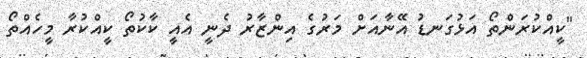
"ކީއްކުރަންތޯ އަޅުގަނޑު އޭނާއަށް މަރުގެ އިންޒާރު ދެނީ އެއީ ކާކުތޯ ކީއްކުރާ މީހެއްތޯ